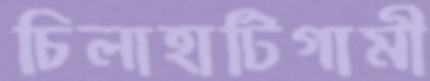
চিলাহাটিগামী